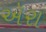
ઍરા